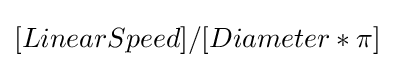
[LinearSpeed]/[Diameter*\pi ]